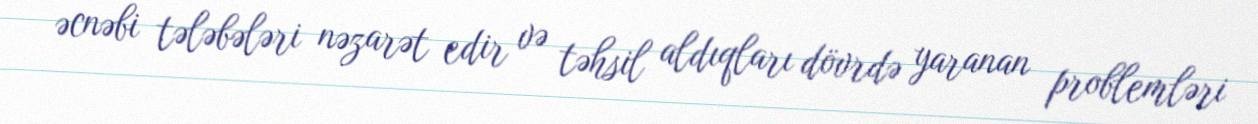
əcnəbi tələbələri nəzarət edir və təhsil aldıqları dövrdə yaranan problemləri